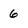
Character: 6